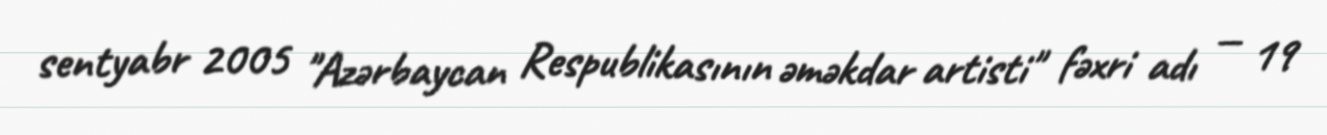
sentyabr 2005 "Azərbaycan Respublikasının əməkdar artisti" fəxri adı — 19